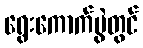
ရွေးကောက်ပွဲတွင်